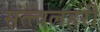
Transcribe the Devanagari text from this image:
सत्त्वलहरी